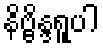
နိဗ္ဗိန္ဒရူပါ